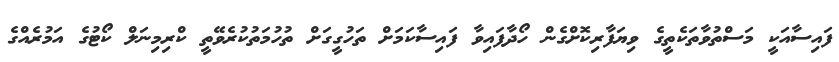
ފައިސާއަކީ މަސްތުވާތަކެތީގެ ވިޔަފާރިކޮށްގެން ހޯދާފައިވާ ފައިސާކަމަށް ތަހުގީގަށް ތުހުމަތުކުރެވޭތީ ކްރިމިނަލް ކޯޓުގެ އަމުރެއްގެ